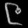
Digit: ၉